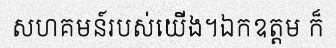
សហគមន៍របស់យើង។ឯកឧត្តម ក៏